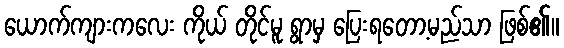
ယောက်ကျားကလေး ကိုယ် တိုင်မူ ရွာမှ ပြေးရတော့မည်သာ ဖြစ်၏။